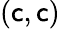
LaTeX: (\mathsf{c},\mathsf{c})